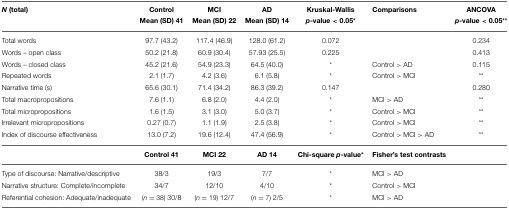
<table><thead><tr><td><b><i>N</i> (total)</b></td><td><b>Control Mean (SD) 41</b></td><td><b>MCI Mean (SD) 22</b></td><td><b>AD Mean (SD) 14</b></td><td><b>Kruskal-Wallis <i>p</i>-value &lt; 0.05<sup>*</sup></b></td><td><b>Comparisons</b></td><td><b>ANCOVA <i>p</i>-value &lt; 0.05<sup>**</sup></b></td></tr></thead><tbody><tr><td>Total words</td><td>97.7 (43.2)</td><td>117.4 (46.9)</td><td>128.0 (61.2)</td><td>0.072</td><td></td><td>0.234</td></tr><tr><td>Words – open class</td><td>50.2 (21.8)</td><td>60.9 (30.4)</td><td>57.93 (25.5)</td><td>0.225</td><td></td><td>0.413</td></tr><tr><td>Words – closed class</td><td>45.2 (21.6)</td><td>54.9 (23.3)</td><td>64.5 (40.0)</td><td><sup>*</sup></td><td>Control &gt; AD</td><td>0.115</td></tr><tr><td>Repeated words</td><td>2.1 (1.7)</td><td>4.2 (3.6)</td><td>6.1 (5.8)</td><td><sup>*</sup></td><td>Control &gt; MCI</td><td><sup>**</sup></td></tr><tr><td>Narrative time (s)</td><td>65.6 (30.1)</td><td>71.4 (34.2)</td><td>86.3 (39.2)</td><td>0.147</td><td></td><td>0.280</td></tr><tr><td>Total macropropositions</td><td>7.6 (1.1)</td><td>6.8 (2.0)</td><td>4.4 (2.0)</td><td><sup>*</sup></td><td>MCI &gt; AD</td><td><sup>**</sup></td></tr><tr><td>Total micropropositions</td><td>1.6 (1.5)</td><td>3.1 (3.0)</td><td>5.0 (3.7)</td><td><sup>*</sup></td><td>Control &gt; MCI</td><td><sup>**</sup></td></tr><tr><td>Irrelevant micropropositions</td><td>0.27 (0.7)</td><td>1.1 (1.9)</td><td>2.5 (3.8)</td><td><sup>*</sup></td><td>Control &gt; MCI</td><td><sup>**</sup></td></tr><tr><td>Index of discourse effectiveness</td><td>13.0 (7.2)</td><td>19.6 (12.4)</td><td>47.4 (56.9)</td><td><sup>*</sup></td><td>Control &gt; MCI &gt; AD</td><td><sup>**</sup></td></tr><tr><td></td><td><b>Control 41</b></td><td><b>MCI 22</b></td><td><b>AD 14</b></td><td><b>Chi-square <i>p</i>-value<sup>*</sup></b></td><td><b>Fisher&#x27;s test contrasts</b></td><td></td></tr><tr><td>Type of discourse: Narrative/descriptive</td><td>38/3</td><td>19/3</td><td>7/7</td><td><sup>*</sup></td><td>MCI &gt; AD</td><td></td></tr><tr><td>Narrative structure: Complete/incomplete</td><td>34/7</td><td>12/10</td><td>4/10</td><td><sup>*</sup></td><td>Control &gt; MCI</td><td></td></tr><tr><td>Referential cohesion: Adequate/inadequate</td><td>(<i>n</i> = 38) 30/8</td><td>(<i>n</i> = 19) 12/7</td><td>(<i>n</i> = 7) 2/5</td><td><sup>*</sup></td><td>MCI &gt; AD</td><td></td></tr></tbody></table>